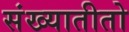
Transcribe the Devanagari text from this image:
संख्यातीतो